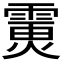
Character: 𩄪